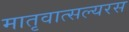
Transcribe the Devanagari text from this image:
मातृवात्सल्यरस